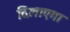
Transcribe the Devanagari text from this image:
दिलाएगा